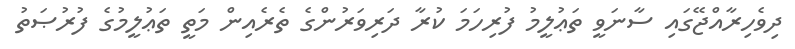
ދިވެހިރާއްޖޭގައި ސާނަވީ ތަޢުލީމު ފުރިހަމަ ކުރާ ދަރިވަރުންގެ ތެރެއިން މަތީ ތަޢުލީމުގެ ފުރުޞަތު